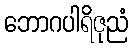
ဘောဂပါရိဇုညံ